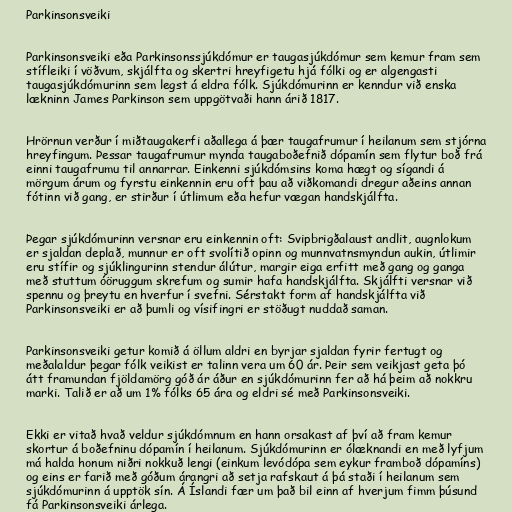
Parkinsonsveiki

Parkinsonsveiki eða Parkinsonssjúkdómur er taugasjúkdómur sem kemur fram sem
stífleiki í vöðvum, skjálfta og skertri hreyfigetu hjá fólki og er algengasti
taugasjúkdómurinn sem legst á eldra fólk. Sjúkdómurinn er kenndur við enska
lækninn James Parkinson sem uppgötvaði hann árið 1817.

Hrörnun verður í miðtaugakerfi aðallega á þær taugafrumur í heilanum sem stjórna
hreyfingum. Þessar taugafrumur mynda taugaboðefnið dópamín sem flytur boð frá
einni taugafrumu til annarrar. Einkenni sjúkdómsins koma hægt og sígandi á
mörgum árum og fyrstu einkennin eru oft þau að viðkomandi dregur aðeins annan
fótinn við gang, er stirður í útlimum eða hefur vægan handskjálfta.

Þegar sjúkdómurinn versnar eru einkennin oft: Svipbrigðalaust andlit, augnlokum
er sjaldan deplað, munnur er oft svolítið opinn og munnvatnsmyndun aukin, útlimir
eru stífir og sjúklingurinn stendur álútur, margir eiga erfitt með gang og ganga
með stuttum óöruggum skrefum og sumir hafa handskjálfta. Skjálfti versnar við
spennu og þreytu en hverfur í svefni. Sérstakt form af handskjálfta við
Parkinsonsveiki er að þumli og vísifingri er stöðugt nuddað saman.

Parkinsonsveiki getur komið á öllum aldri en byrjar sjaldan fyrir fertugt og
meðalaldur þegar fólk veikist er talinn vera um 60 ár. Þeir sem veikjast geta þó
átt framundan fjöldamörg góð ár áður en sjúkdómurinn fer að há þeim að nokkru
marki. Talið er að um 1% fólks 65 ára og eldri sé með Parkinsonsveiki.

Ekki er vitað hvað veldur sjúkdómnum en hann orsakast af því að fram kemur
skortur á boðefninu dópamín í heilanum. Sjúkdómurinn er ólæknandi en með lyfjum
má halda honum niðri nokkuð lengi (einkum levódópa sem eykur framboð dópamíns)
og eins er farið með góðum árangri að setja rafskaut á þá staði í heilanum sem
sjúkdómurinn á upptök sín. Á Íslandi fær um það bil einn af hverjum fimm þúsund
fá Parkinsonsveiki árlega.